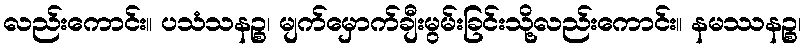
လည်းကောင်း။ ပသံသနဉ္စ၊ မျက်မှောက်ချီးမွမ်းခြင်းသို့လည်းကောင်း။ နမဿနဉ္စ၊